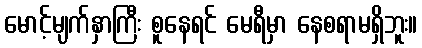
မောင့်မျက်နှာကြီး စူနေရင် မေရီမှာ နေစရာမရှိဘူး။